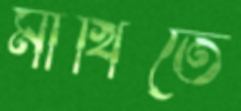
মাখিতে